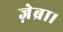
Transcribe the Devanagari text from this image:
ज़ेब्रा।